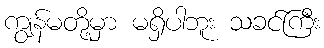
ကျွန်မတို့မှာ မရှိပါဘူး သခင်ကြီး